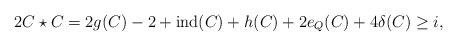
LaTeX: \begin{align*} 2C \star C =2g(C)-2 + {\rm{ind}}(C) + h(C) + 2e_Q(C) + 4\delta(C) \ge i,\end{align*}